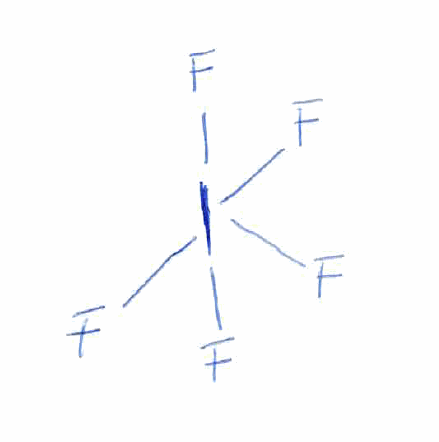
Simplified molecular-input line-entry system (SMILES) notation of the given molecule:
FI(F)(F)(F)F